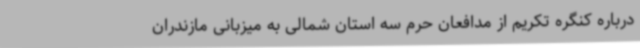
درباره کنگره تکریم از مدافعان حرم سه استان شمالی به میزبانی مازندران